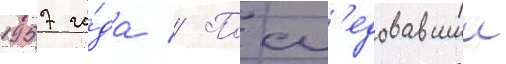
1957 го́да // Посл'едовавшии